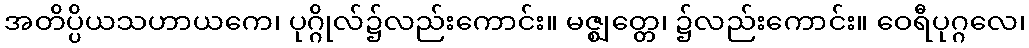
အတိပ္ပိယသဟာယကေ၊ ပုဂ္ဂိုလ်၌လည်းကောင်း။ မဇ္ဈတ္တေ၊ ၌လည်းကောင်း။ ဝေရီပုဂ္ဂလေ၊